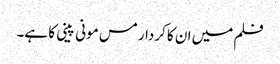
فلم میں ان کا کردار مس مونی پینی کا ہے۔